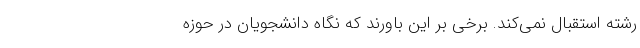
رشته استقبال نمی‌کند. برخی بر این باورند که نگاه دانشجویان در حوزه